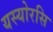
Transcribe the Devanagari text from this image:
यस्योरसि